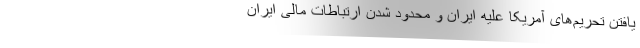
یافتن تحریم‌های آمریکا علیه ایران و محدود شدن ارتباطات مالی ایران